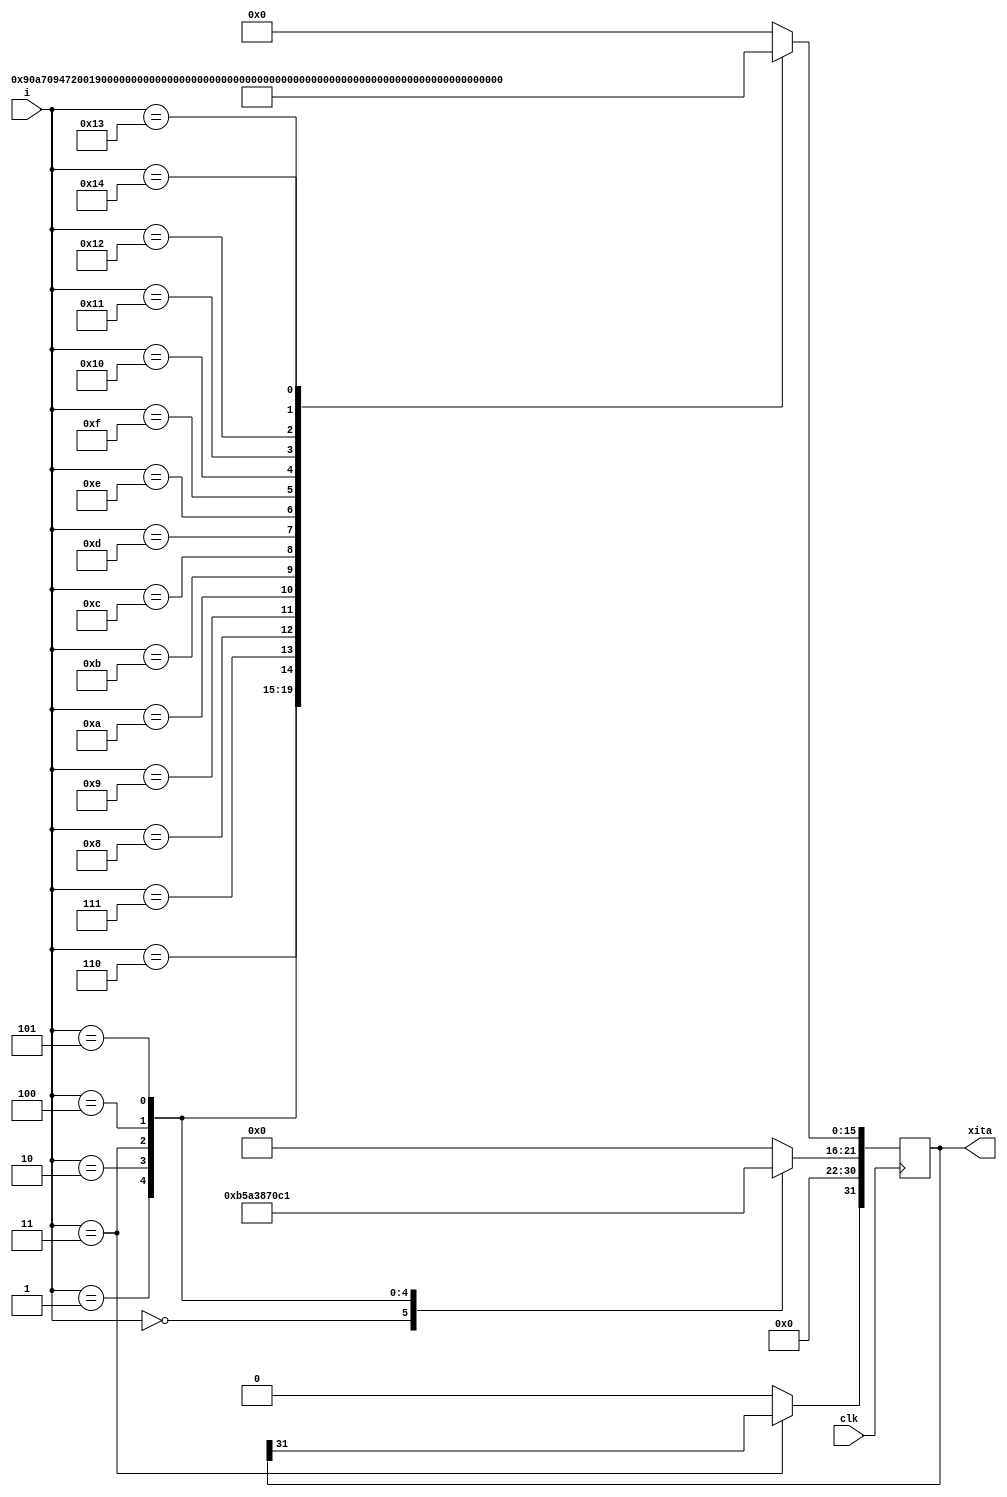
//-tan
//itan=1/2^i
//
//1/2^itan
`ifndef XITA_TAN_LUT_V
`define XITA_TAN_LUT_V
module xita_tan_lut(
    input clk,
    input [4:0]i,
    output reg [31:0] xita
);
    
    always @(posedge clk) 
    begin
        case(i)
        0: begin
            xita[31:16]=45;
            xita[15:0]=0;
        end
        1: begin
            xita[31:16]=26;
            xita[15:0]=37031;
        end
        2: begin
            xita[31:16]=14;
            xita[15:0]=2375;
        end
        3: begin
            xita[30:16]=7;
            xita[15:0]=8193;
        end
        4: begin
            xita[31:16]=3;
            xita[15:0]=37770;
        end
        5: begin
            xita[31:16]=1;
            xita[15:0]=51767;
        end
        6: begin
            xita[31:16]=0;
            xita[15:0]=58666;
        end
        7: begin
            xita[31:16]=0;
            xita[15:0]=29334;
        end
        8: begin
            xita[31:16]=0;
            xita[15:0]=14667;
        end
        9: begin
            xita[31:16]=0;
            xita[15:0]=7333;
        end
        10: begin
            xita[31:16]=0;
            xita[15:0]=3666;
        end
        11: begin
            xita[31:16]=0;
            xita[15:0]=1833;
        end
        12: begin
            xita[31:16]=0;
            xita[15:0]=916;
        end
        13: begin
            xita[31:16]=0;
            xita[15:0]=458;
        end
        14: begin
            xita[31:16]=0;
            xita[15:0]=229;
        end
        15: begin
            xita[31:16]=0;
            xita[15:0]=114;
        end
        16: begin
            xita[31:16]=0;
            xita[15:0]=57;
        end
        17: begin
            xita[31:16]=0;
            xita[15:0]=28;
        end
        18: begin
            xita[31:16]=0;
            xita[15:0]=14;
        end
        19: begin
            xita[31:16]=0;
            xita[15:0]=7;
        end
        20: begin
            xita[31:16]=0;
            xita[15:0]=4;
        end
        default : xita=0;    
        endcase
    end

endmodule
`endif